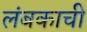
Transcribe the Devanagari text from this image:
लंबकाची